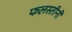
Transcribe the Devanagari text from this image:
फलस्तीनी